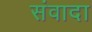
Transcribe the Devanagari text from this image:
संवादा